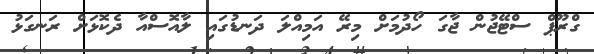
ގްރޫޕް ސްޓޭޖުން ޖާގަ ހޯދުމަށް މިރޭ އަމިއްލަ ދަނޑުގައި ލާއޮސްއާ ދެކޮޅަށް ރަނގަޅު